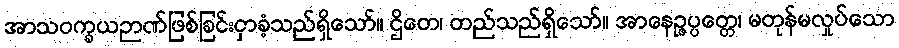
အာသဝက္ခယဉာဏ်ဖြစ်ခြင်းငှာခံ့သည်ရှိသော်။ ဌိတေ၊ တည်သည်ရှိသော်။ အာနေဉ္ဇပ္ပတ္တေ၊ မတုန်မလှုပ်သော